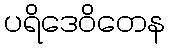
ပရိဒေဝိတေန